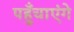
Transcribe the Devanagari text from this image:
पहुँचाएंगे